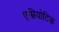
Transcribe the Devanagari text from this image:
एम्नियोटिक